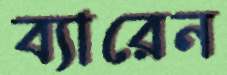
ব্যারেন